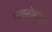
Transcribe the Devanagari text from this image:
माळशेजमार्गे